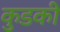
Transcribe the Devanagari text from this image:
कुडकी